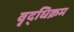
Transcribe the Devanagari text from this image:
वृद्धिक्रम